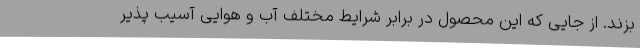
بزند. از جایی که این محصول در برابر شرایط مختلف آب و هوایی آسیب پذیر